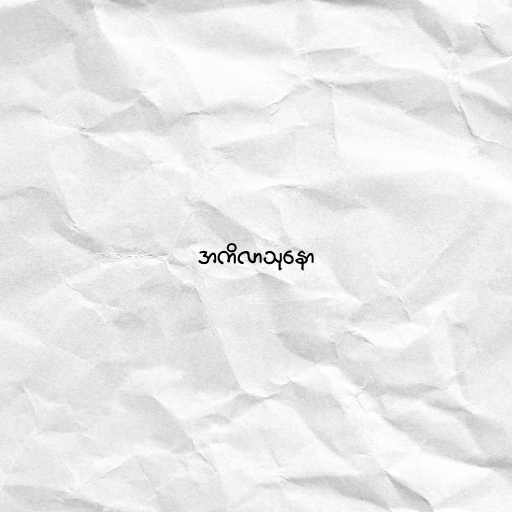
အကိလာသုနော